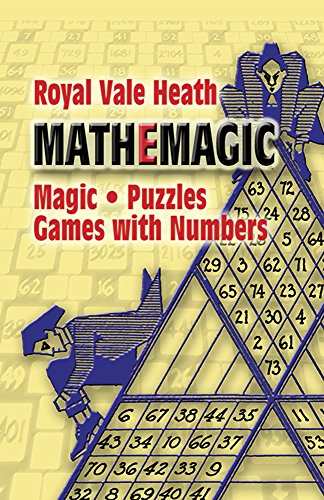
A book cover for Mathemagic: Magic, Puzzles and Games with Numbers (Dover Recreational Math); Royal V. Heath; Humor & Entertainment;